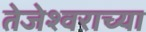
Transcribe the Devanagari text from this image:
तेजेश्वराच्या